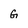
Character: G